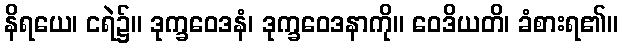
နိရယေ၊ ငရဲ၌။ ဒုက္ခဝေဒနံ၊ ဒုက္ခဝေဒနာကို။ ဝေဒိယတိ၊ ခံစားရ၏။